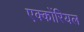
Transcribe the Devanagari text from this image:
एक्कोंरियल